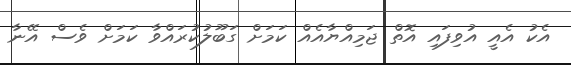
އެކު އެއީ އުވިފައި އޮތް ޖަމިއްޔާއެއް ކަމަށް ގަބޫލުކުރައްވާ ކަމަށް ވެސް އޭނާ